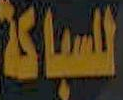
السباكة